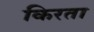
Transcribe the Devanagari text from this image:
किरता